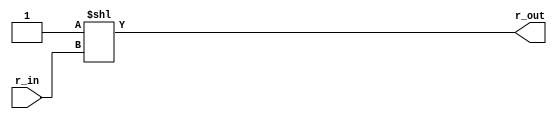
`timescale 1ns / 1ps
//////////////////////////////////////////////////////////////////////////////////
// Written by Jassiel Deliz
// Design Name: 
// Module Name: decoder
// Project Name: 
// Description: General purpose instruction register decoder of the ibus input to the controller
// Revision:
// Revision 0.01 - File Created
// Additional Comments:
// 
//////////////////////////////////////////////////////////////////////////////////


module decoder(
    input [4:0] r_in,
    output wire [31:0] r_out
    );
    assign r_out = 32'b1 << r_in;

endmodule